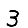
Digit: 3